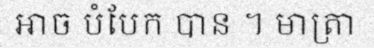
អាច បំបែក បាន ។ មាត្រា